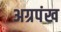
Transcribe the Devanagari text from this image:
अग्रपंख